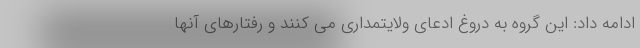
ادامه داد: این گروه به دروغ ادعای ولایتمداری می کنند و رفتارهای آنها